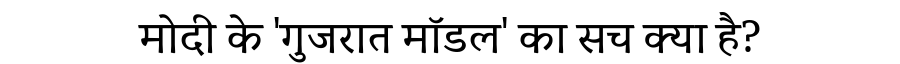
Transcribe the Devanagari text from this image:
मोदी के 'गुजरात मॉडल' का सच क्या है?